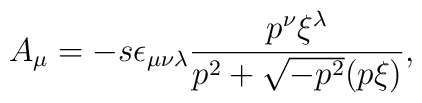
A_{\mu}=-s\epsilon_{\mu\nu\lambda}\frac{p^{\nu}\xi^{\lambda}}{p^{2}+\sqrt{-p^{2}}(p\xi)},